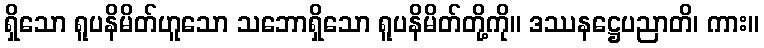
ရှိသော ရူပနိမိတ်ဟူသော သဘောရှိသော ရူပနိမိတ်တို့ကို။ ဒဿနဋ္ဌေပညာတိ၊ ကား။